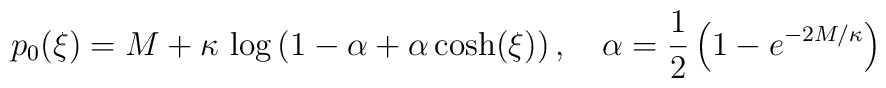
p_0(\xi) = M+\kappa\, \log\left(1-\alpha + \alpha\, {\cosh}(\xi)\right),\quad \alpha = \frac12 \left( 1 - e^{-2M/\kappa}\right)